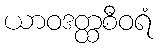
ယာဝဒတ္ထစီဝရံ